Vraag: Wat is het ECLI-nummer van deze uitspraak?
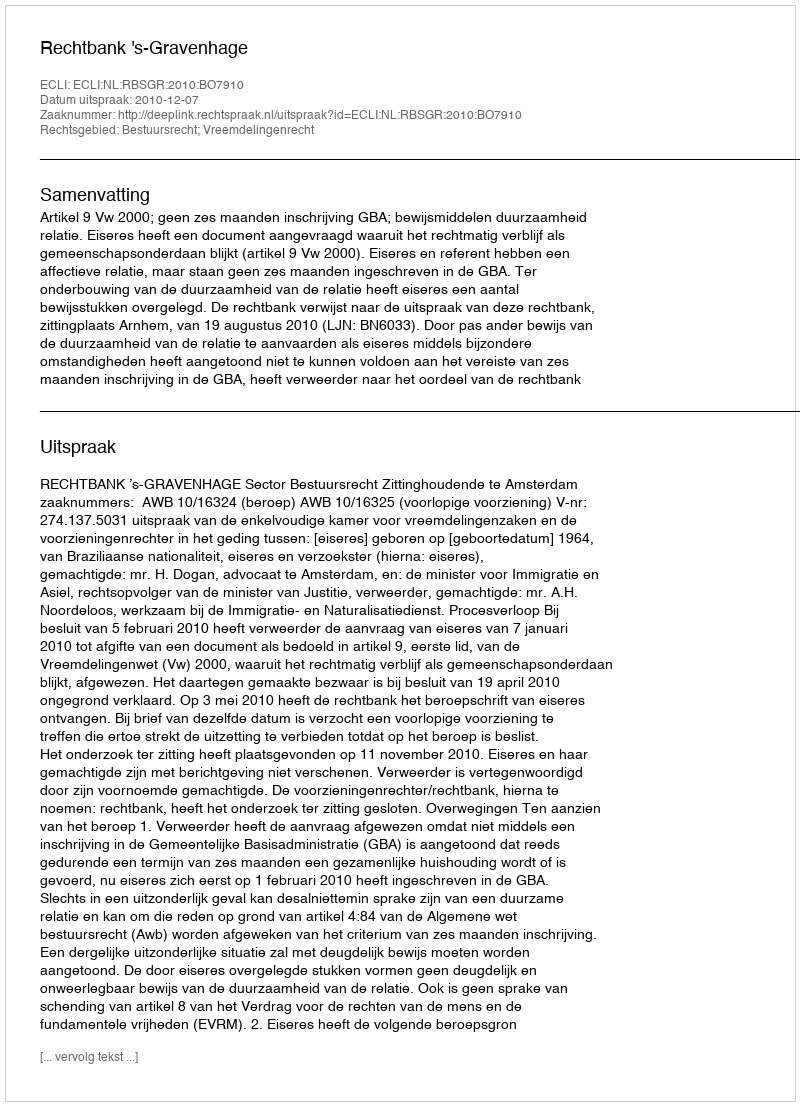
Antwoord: ECLI:NL:RBSGR:2010:BO7910